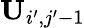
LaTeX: \mathbf{U}_{i^{\prime},j^{\prime}-1}